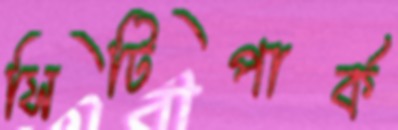
সিটিপার্ক